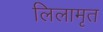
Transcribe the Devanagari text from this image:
लिलामृत